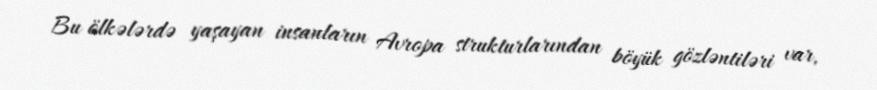
Bu ölkələrdə yaşayan insanların Avropa strukturlarından böyük gözləntiləri var,